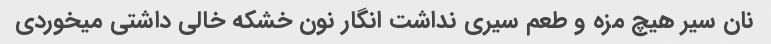
نان سیر هیچ مزه و طعم سیری نداشت انگار نون خشکه خالی داشتی میخوردی